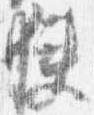
狭